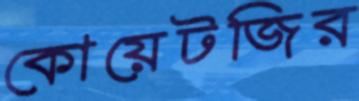
কোয়েটজির